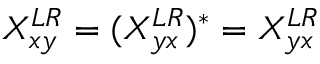
X _ { x y } ^ { L R } = ( X _ { y x } ^ { L R } ) ^ { * } = X _ { y x } ^ { L R }